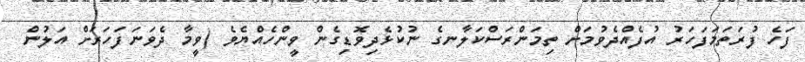
ފަހެ ފުރަތަމަފަހަރު އުފެއްދެވުމަށް ތިމަންރަސްކަލާނގެ ނުކުޅެދިވޮޑިގެން ވީންހެއްޔެވެ (ވީމާ ދެވަނަފަހަރަށް އަލުން